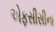
એફસીસીના